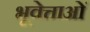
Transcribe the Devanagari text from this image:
भूवेत्ताओं